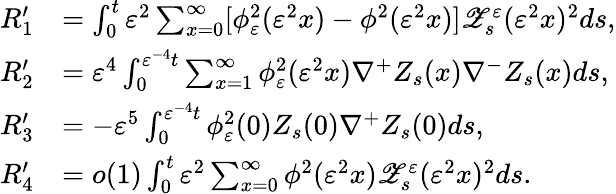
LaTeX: \begin{array}{rl}{R_{1}^{\prime}}&{=\int_{0}^{t}\varepsilon^{2}\sum_{x=0}^{\infty}[\phi_{\varepsilon}^{2}(\varepsilon^{2}x)-\phi^{2}(\varepsilon^{2}x)]\mathscr{Z}_{s}^{\varepsilon}(\varepsilon^{2}x)^{2}ds,}\\ {R_{2}^{\prime}}&{=\varepsilon^{4}\int_{0}^{\varepsilon^{-4}t}\sum_{x=1}^{\infty}\phi_{\varepsilon}^{2}(\varepsilon^{2}x)\nabla^{+}Z_{s}(x)\nabla^{-}Z_{s}(x)ds,}\\ {R_{3}^{\prime}}&{=-\varepsilon^{5}\int_{0}^{\varepsilon^{-4}t}\phi_{\varepsilon}^{2}(0)Z_{s}(0)\nabla^{+}Z_{s}(0)ds,}\\ {R_{4}^{\prime}}&{=o(1)\int_{0}^{t}\varepsilon^{2}\sum_{x=0}^{\infty}\phi^{2}(\varepsilon^{2}x)\mathscr{Z}_{s}^{\varepsilon}(\varepsilon^{2}x)^{2}ds.}\end{array}